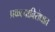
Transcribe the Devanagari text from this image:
प्रकल्पाविरोधात